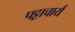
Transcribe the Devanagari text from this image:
पट्टाचार्य